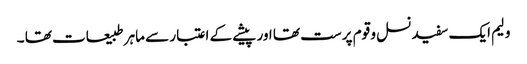
ولیم ایک سفید نسل و قوم پرست تھا اور پیشے کے اعتبار سے ماہر طبیعات تھا ۔